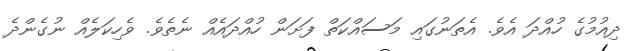
ދިއުމުގެ ހުއްދަ އެވެ. އެތަނުގައި މަސައްކަތް ފަށަން ހުއްދައެއް ނެތެވެ. ވެހިކަލެއް ނުގެންދެ